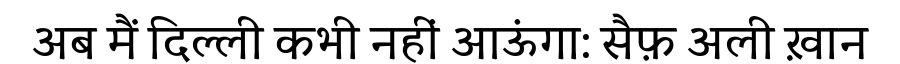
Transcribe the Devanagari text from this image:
अब मैं दिल्ली कभी नहीं आऊंगा: सैफ़ अली ख़ान